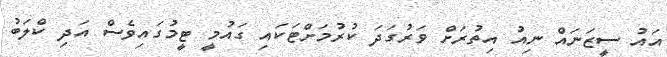
އައު ސީޒަނައް ނިއު އިތުރަށް ވަރުގަދަ ކުރުމަށްޓަކައި ގައުމީ ޓީމުގަައިވެސް އަދި ކްލަބު